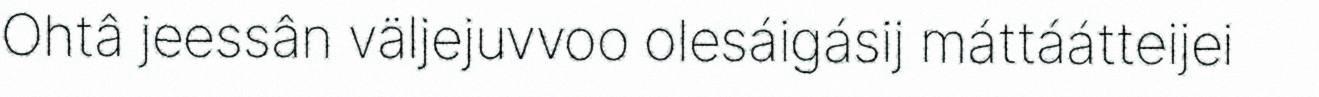
Ohtâ jeessân väljejuvvoo olesáigásij máttáátteijei